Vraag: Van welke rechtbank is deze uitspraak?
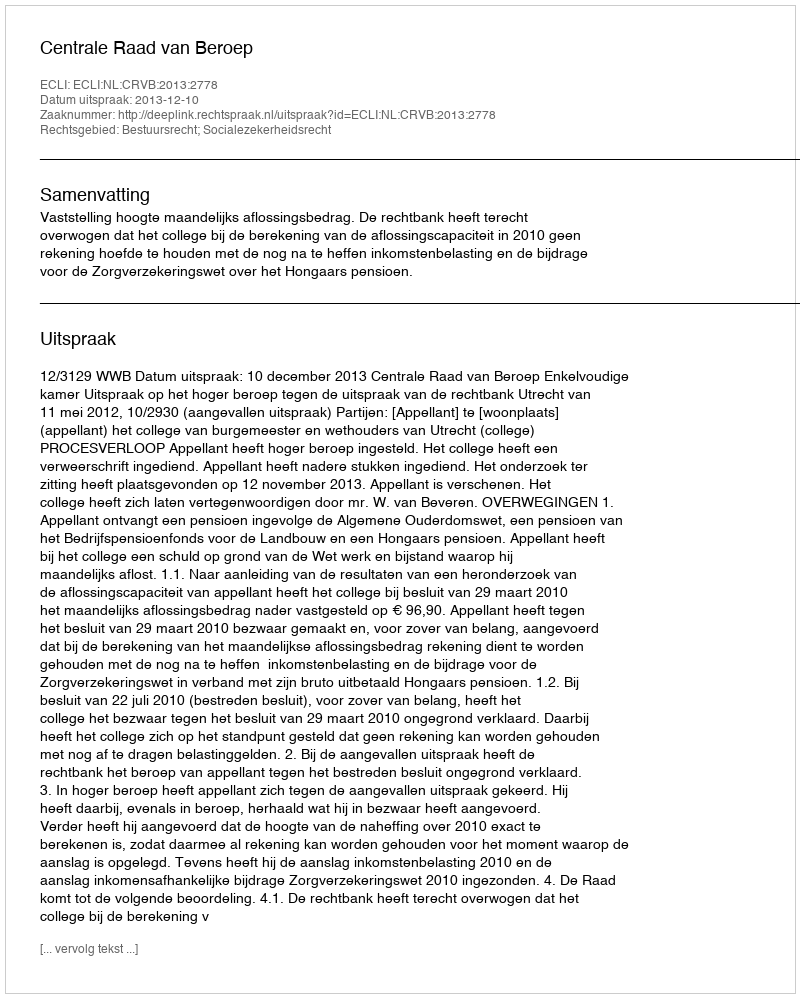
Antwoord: Centrale Raad van Beroep